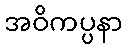
အဝိကပ္ပနာ